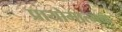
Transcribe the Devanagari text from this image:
प्रायोगात्मक